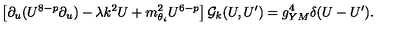
\left[ \partial _ { u } ( U ^ { 8 - p } \partial _ { u } ) - \lambda k ^ { 2 } U + m _ { \theta _ { i } } ^ { 2 } U ^ { 6 - p } \right] { \cal G } _ { k } ( U , U ^ { \prime } ) = g _ { Y M } ^ { 4 } \delta ( U - U ^ { \prime } ) .